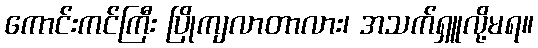
ကောင်းကင်ကြီး ပြိုကျလာတာလား၊ အသက်ရှူလို့မရ။